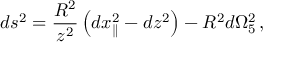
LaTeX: d s ^ { 2 } = \frac { R ^ { 2 } } { z ^ { 2 } } \left( d x _ { \parallel } ^ { 2 } - d z ^ { 2 } \right) - R ^ { 2 } d \Omega _ { 5 } ^ { 2 } \, ,